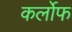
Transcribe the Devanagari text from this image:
कर्लोफ